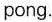
pong.